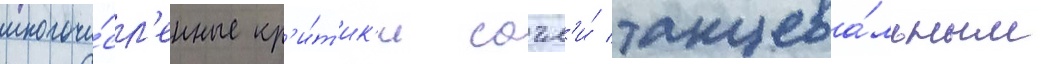
многочи́сл'енные кр'и́т'ик'и сочл'и́ танцева́льным